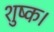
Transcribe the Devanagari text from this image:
शुष्क।